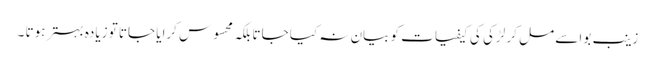
زینب بوا سے مل کر لڑکی کی کیفیات کو بیان نہ کیا جاتا بلکہ محسوس کرایا جاتا تو زیادہ بہتر ہوتا ۔